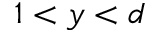
1 < y < d